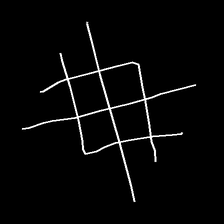
Glyph: crystal